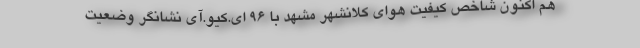
هم اکنون شاخص کیفیت هوای کلانشهر مشهد با ۹۶ ای.کیو.آی نشانگر وضعیت